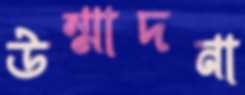
উন্মাদনা